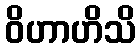
ဝိဟာဟိသိ